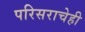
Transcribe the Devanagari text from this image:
परिसराचेही